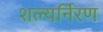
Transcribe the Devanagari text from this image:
शल्यर्निरण